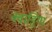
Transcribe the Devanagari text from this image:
क्वाड्रिगा